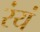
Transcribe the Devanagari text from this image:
रंयं